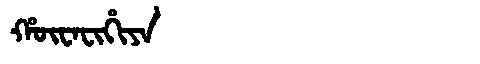
Manchu: ᡥᡡᠸᠠᠸᡳᡥᡳᠶᠠ
Romanization: HŪWAFIHIYA